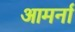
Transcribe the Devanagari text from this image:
आमर्ना